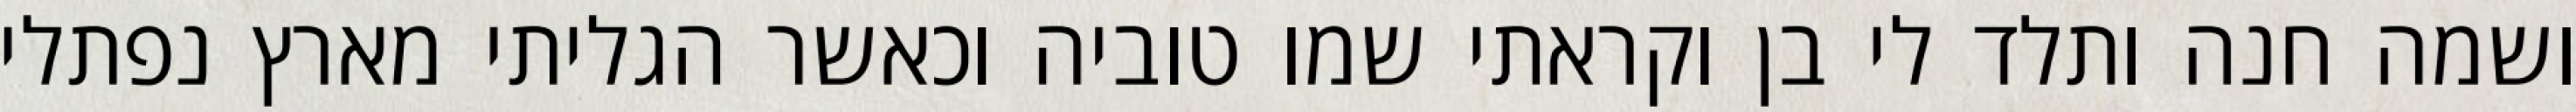
ושמה חנה ותלד לי בן וקראתי שמו טוביה וכאשר הגליתי מארץ נפתלי